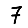
Digit: 7